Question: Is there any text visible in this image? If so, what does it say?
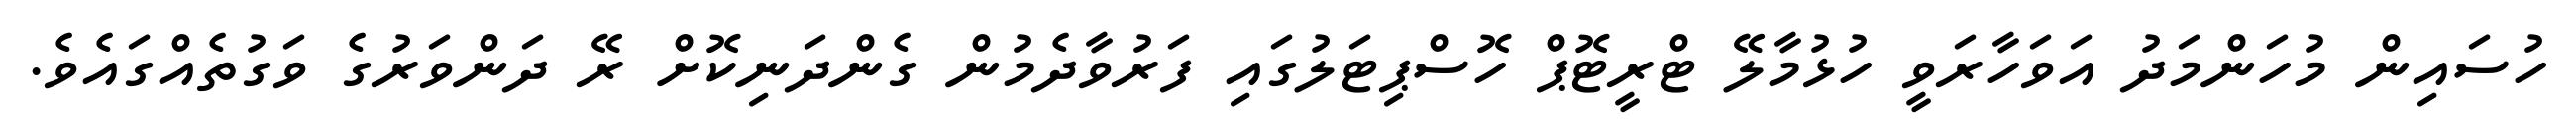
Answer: ހުސައިން މުހަންމަދު އަވަހާރަވީ ހުޅުމާލޭ ޓްރީޓޮޕް ހޮސްޕިޓަލުގައި ފަރުވާދެމުން ގެންދަނިކޮށް ރޭ ދަންވަރުގެ ވަގުތެއްގައެވެ.